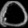
Digit: ၀